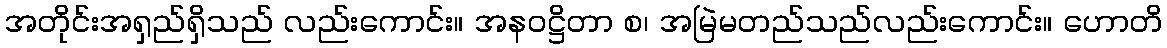
အတိုင်းအရှည်ရှိသည် လည်းကောင်း။ အနဝဋ္ဌိတာ စ၊ အမြဲမတည်သည်လည်းကောင်း။ ဟောတိ